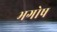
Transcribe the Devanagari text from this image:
भगोष